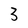
Character: 3